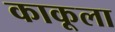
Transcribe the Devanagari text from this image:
काकूला